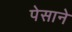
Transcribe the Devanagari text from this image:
पेसाने